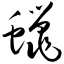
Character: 蜡